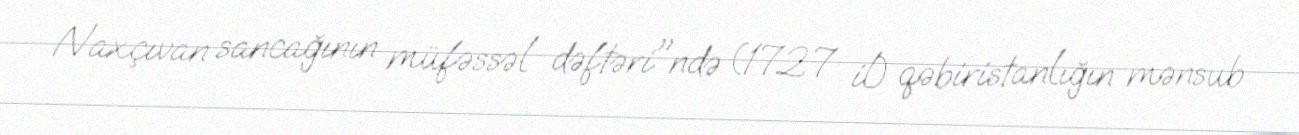
Naxçıvan sancağının müfəssəl dəftəri"ndə (1727 il) qəbiristanlığın mənsub